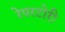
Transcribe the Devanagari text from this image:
रेपरटोरी